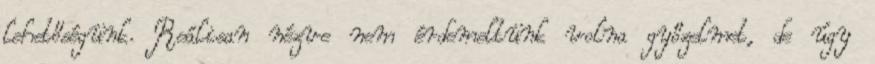
lehetőségünk. Reálisan nézve nem érdemeltünk volna győzelmet, de úgy